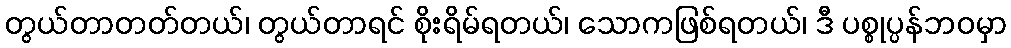
တွယ်တာတတ်တယ်၊ တွယ်တာရင် စိုးရိမ်ရတယ်၊ သောကဖြစ်ရတယ်၊ ဒီ ပစ္စုပ္ပန်ဘဝမှာ